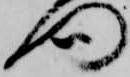
門